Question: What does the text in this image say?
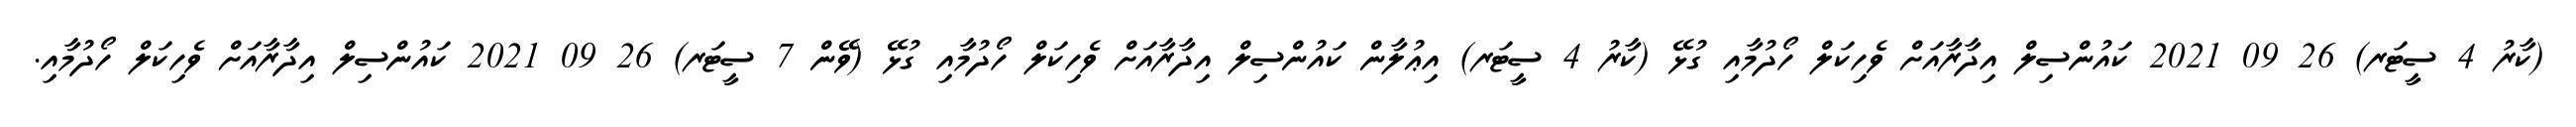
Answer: (ކާރު 4 ސީޓަރ) 26 09 2021 ކައުންސިލް އިދާރާއަށް ވެހިކަލް ހޯދުމާއި ގުޅޭ (ކާރު 4 ސީޓަރ) އިޢުލާން ކައުންސިލް އިދާރާއަށް ވެހިކަލް ހޯދުމާއި ގުޅޭ (ވޭން 7 ސީޓަރ) 26 09 2021 ކައުންސިލް އިދާރާއަށް ވެހިކަލް ހޯދުމާއި.